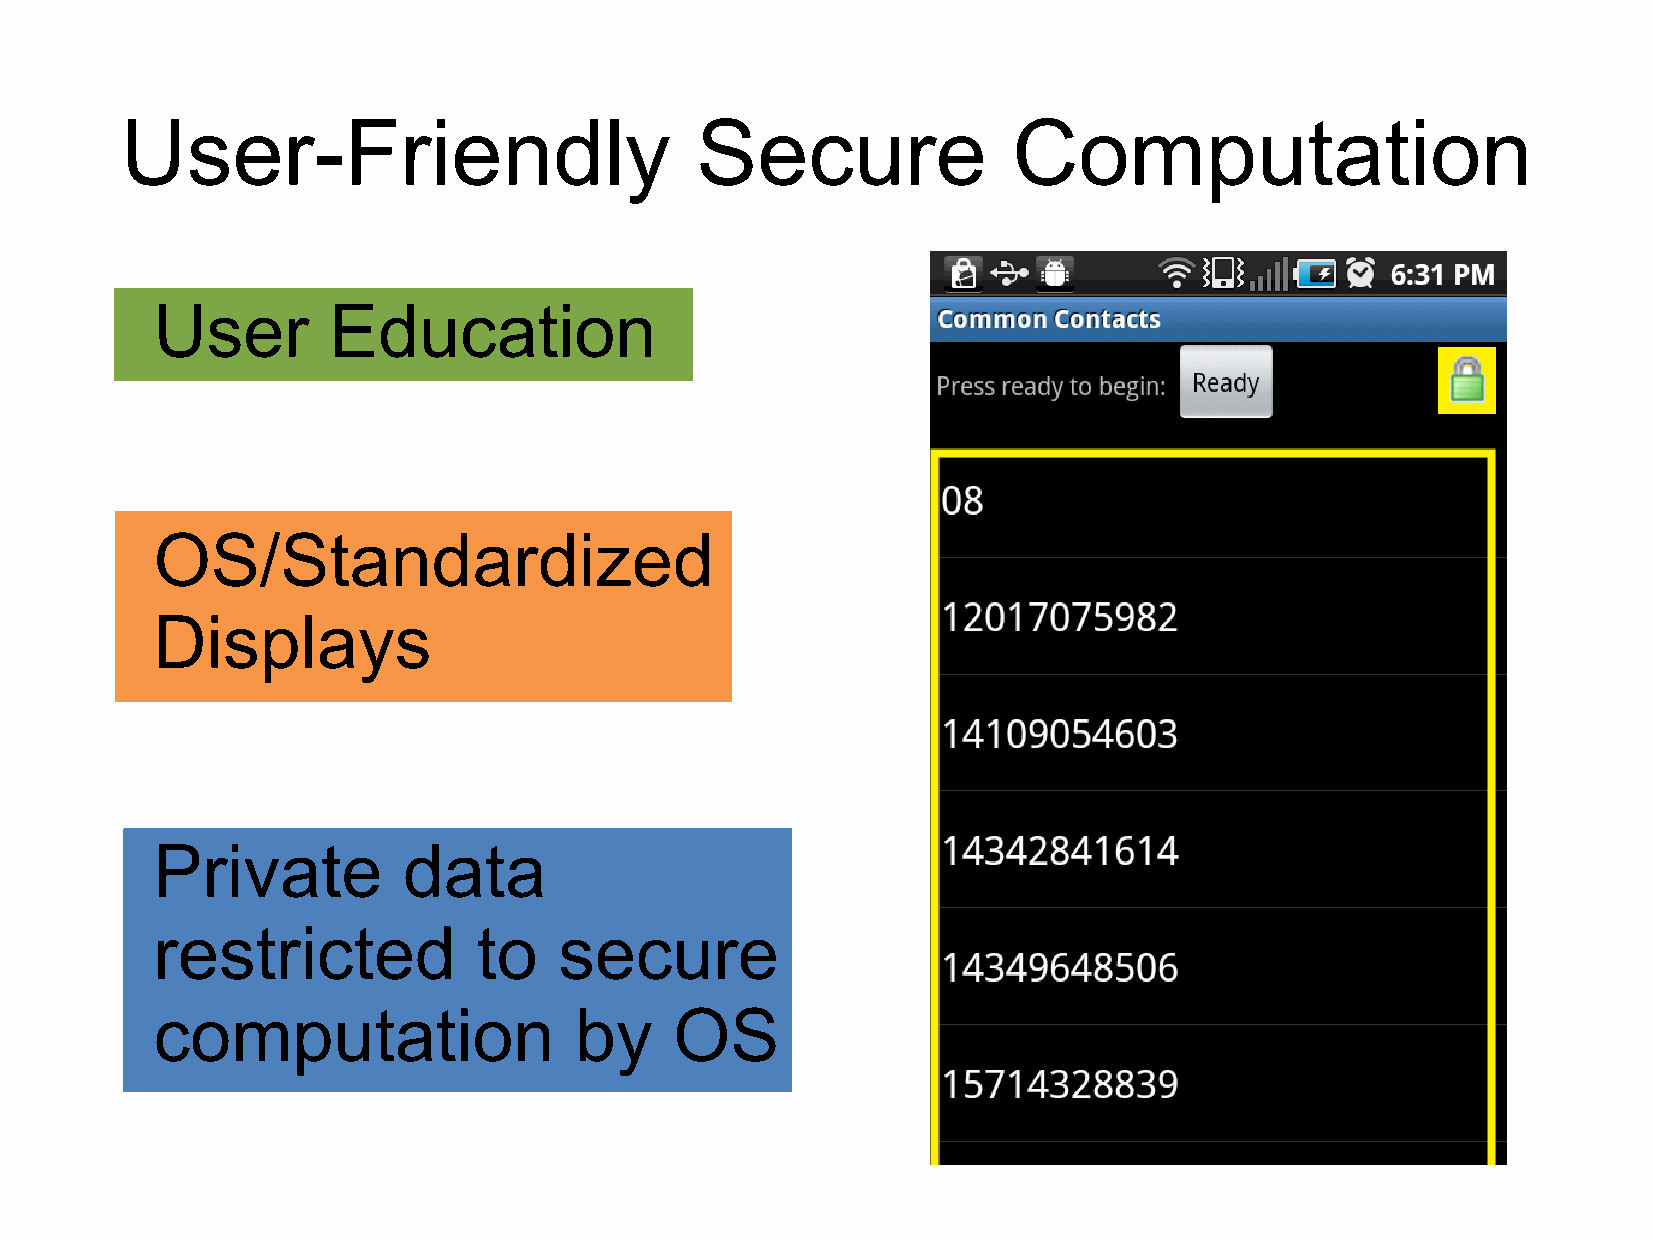
User-Friendly                         Secure               Computation
 User        Education
 OS/Standardized
 Displays
 Private          data
 restricted            to   secure
 computation                 by     OS